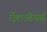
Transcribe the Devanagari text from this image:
रोलओवर्स